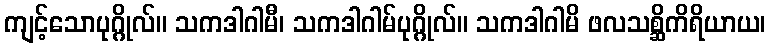
ကျင့်သောပုဂ္ဂိုလ်။ သကဒါဂါမီ၊ သကဒါဂါမ်ပုဂ္ဂိုလ်။ သကဒါဂါမိ ဖလသစ္ဆိကိရိယာယ၊